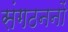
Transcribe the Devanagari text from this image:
संगठननों